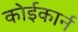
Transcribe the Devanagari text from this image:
कोईकार्न